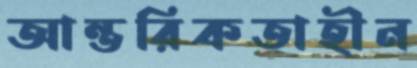
আন্তরিকতাহীন